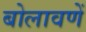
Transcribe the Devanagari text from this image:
बोलावणें